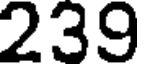
239